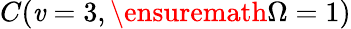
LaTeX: C(\mathit{v}=3,\ensuremath{{\Omega}}=1)